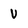
Character: V